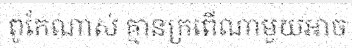
ពូកែណាស់ គ្មានក្រពើណាមួយអាច